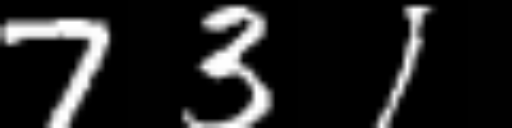
Text: 731